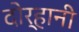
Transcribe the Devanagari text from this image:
दोर्हानी